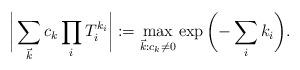
LaTeX: \begin{gather*}\bigg|\sum_{\vec{k}} c_k \prod_i T_i^{k_i}\bigg|:=\max_{\vec{k}:c_k\ne 0} \exp\bigg({-}\sum_i k_i\bigg).\end{gather*}